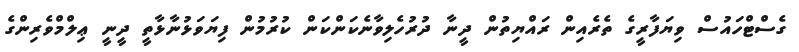
ގެސްޓްހައުސް ވިޔަފާރީގެ ތެރެއިން ރައްޔިތުން ދީނާ ދުރުހެލިވާނެކަންކަން ކުރުމުން ފިޔަވަޅުނާޅާތީ ދީނީ ޢިލްމްވެރިންގެ